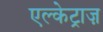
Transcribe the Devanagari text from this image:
एल्केट्राज़